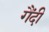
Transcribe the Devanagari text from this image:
गैंदी